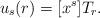
LaTeX: \begin{align*}u_s(r) = [x^s]T_r .\end{align*}